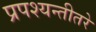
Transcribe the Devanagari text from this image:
प्रपश्यन्तीतरे